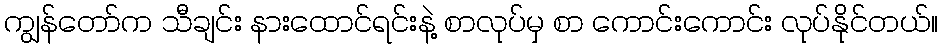
ကျွန်တော်က သီချင်း နားထောင်ရင်းနဲ့ စာလုပ်မှ စာ ကောင်းကောင်း လုပ်နိုင်တယ်။